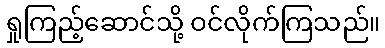
ရှုကြည့်ဆောင်သို့ ဝင်လိုက်ကြသည်။